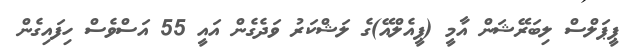
ޕީޕަލްސް ލިބަރޭޝަން އާމީ (ޕީއެލްއޭ)ގެ ލަޝްކަރު ވަދެގެން އައީ 55 އަސްވެސް ހިފައިގެން